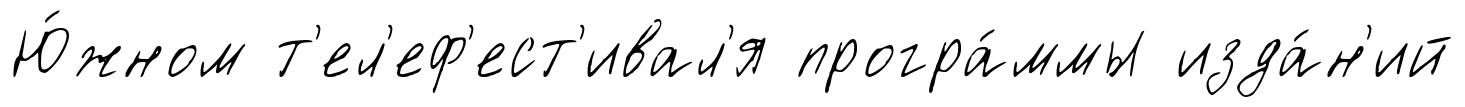
Ю́жном т'ел'еф'ест'ивал'я програ́ммы изда́н'ий